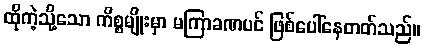
ထိုကဲ့သို့သော ကိစ္စမျိုးမှာ မကြာခဏပင် ဖြစ်ပေါ်နေတတ်သည်။